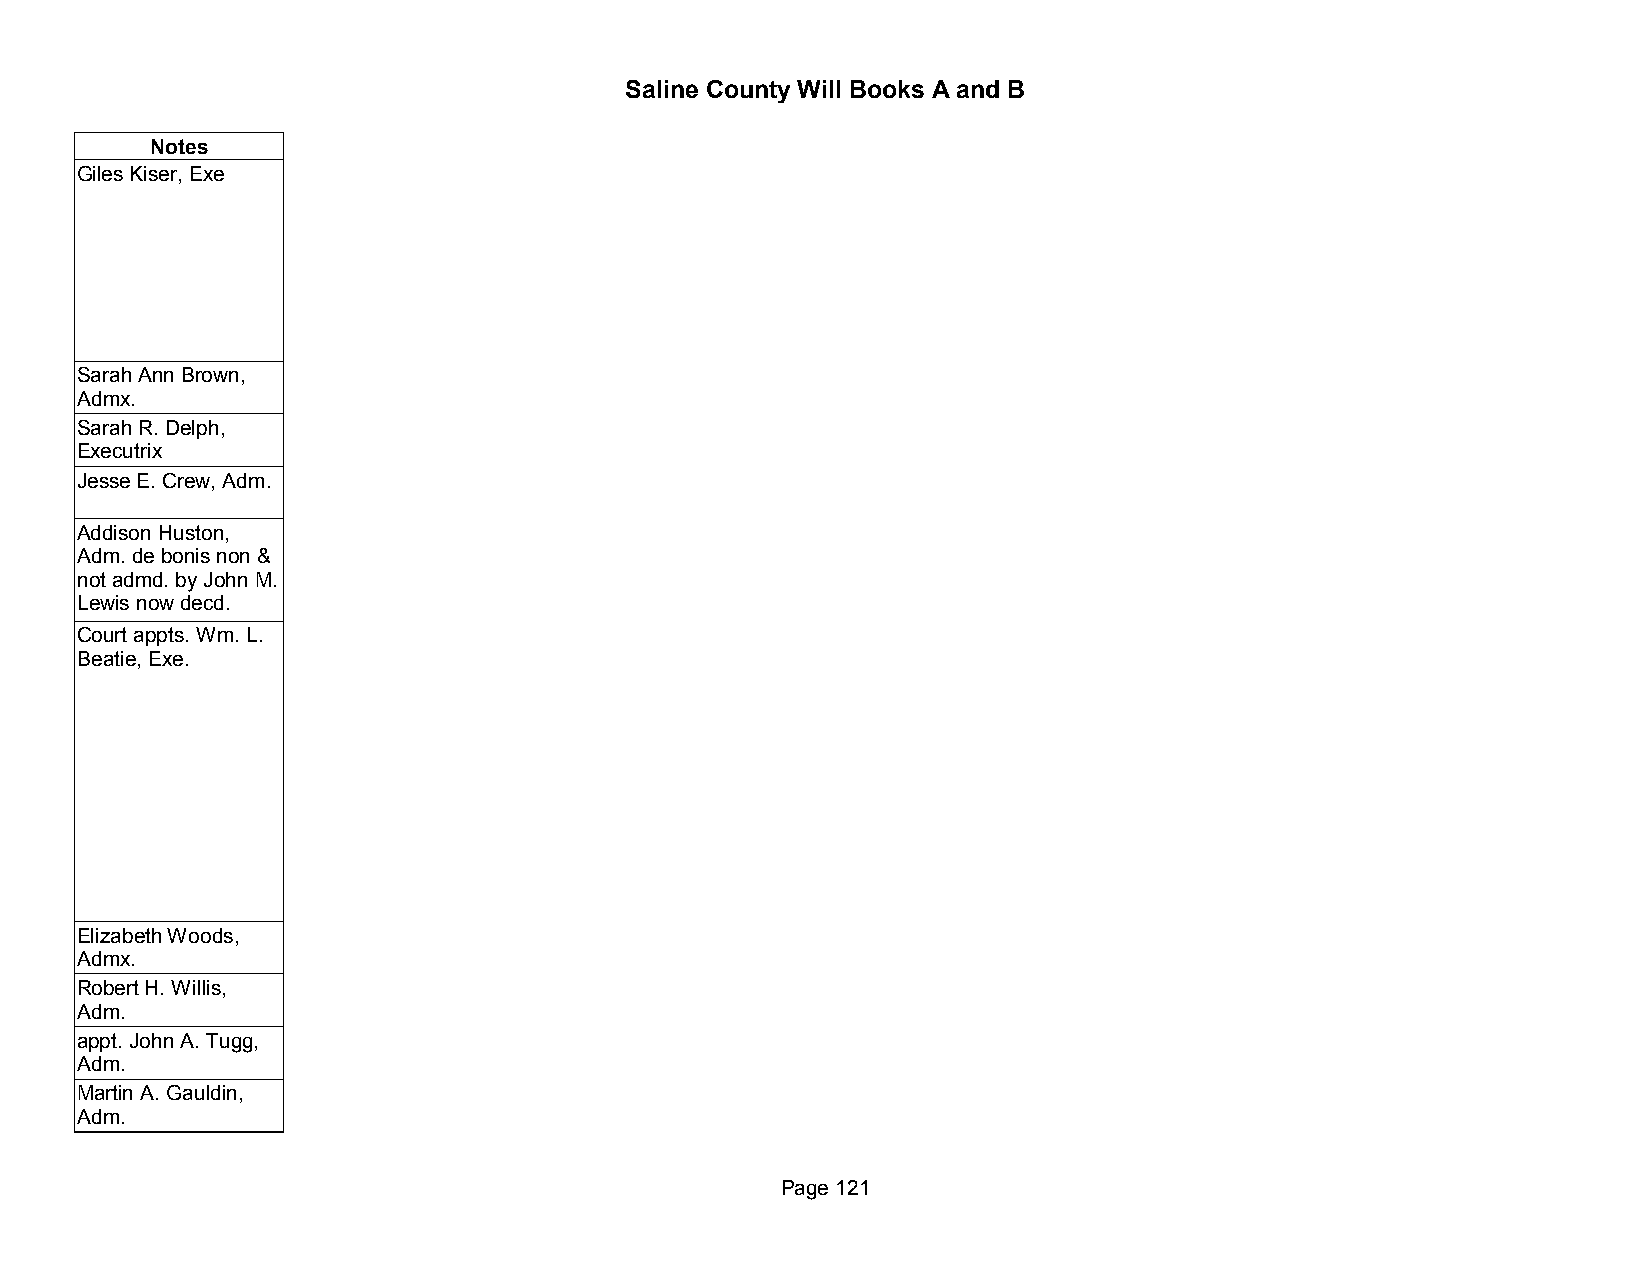
Saline County Will Books A and B
 Notes
 Giles Kiser, Exe
 Sarah Ann Brown,
 Admx.
 Sarah R. Delph,
 Executrix
 Jesse E. Crew, Adm.
 Addison Huston,
 Adm. de bonis non &
 not admd. by John M.
 Lewis now decd.
 Court appts. Wm. L.
 Beatie, Exe.
 Elizabeth Woods,
 Admx.
 Robert H. Willis,
 Adm.
 appt. John A. Tugg,
 Adm.
 Martin A. Gauldin,
 Adm.
 Page 121